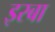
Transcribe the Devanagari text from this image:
इरबा